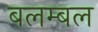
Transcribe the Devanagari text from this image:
बलम्बल